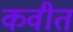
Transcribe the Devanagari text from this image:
कवीत